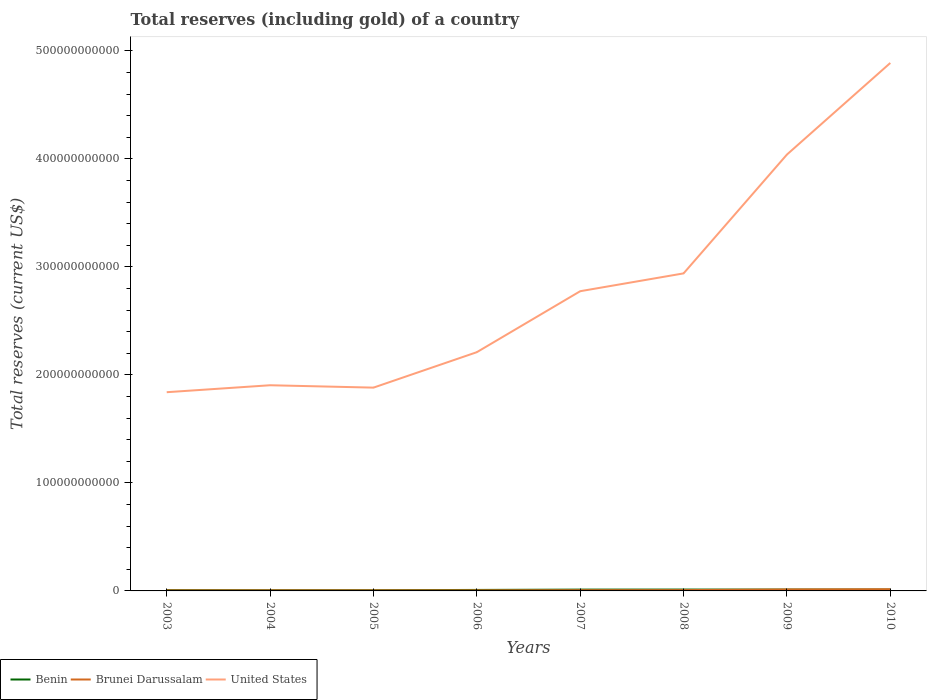
| Years | Benin | Brunei Darussalam | United States |
 | --- | --- | --- | --- |
 | 2003 | 7.18e+08 | 4.75e+08 | 1.84e+11 |
 | 2004 | 6.35e+08 | 4.89e+08 | 1.9e+11 |
 | 2005 | 6.55e+08 | 4.92e+08 | 1.88e+11 |
 | 2006 | 9.12e+08 | 5.14e+08 | 2.21e+11 |
 | 2007 | 1.21e+09 | 6.67e+08 | 2.78e+11 |
 | 2008 | 1.26e+09 | 7.51e+08 | 2.94e+11 |
 | 2009 | 1.23e+09 | 1.36e+09 | 4.04e+11 |
 | 2010 | 1.2e+09 | 1.56e+09 | 4.89e+11 |